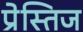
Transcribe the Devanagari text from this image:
प्रेस्तिज